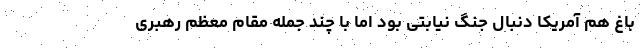
باغ هم آمریکا دنبال جنگ نیابتی بود اما با چند جمله مقام معظم رهبری